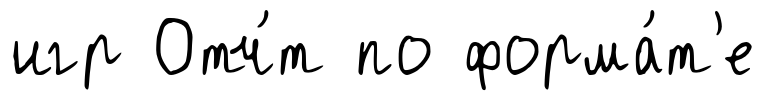
игр Отч́т по форма́т'е